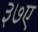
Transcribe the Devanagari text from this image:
३७ए